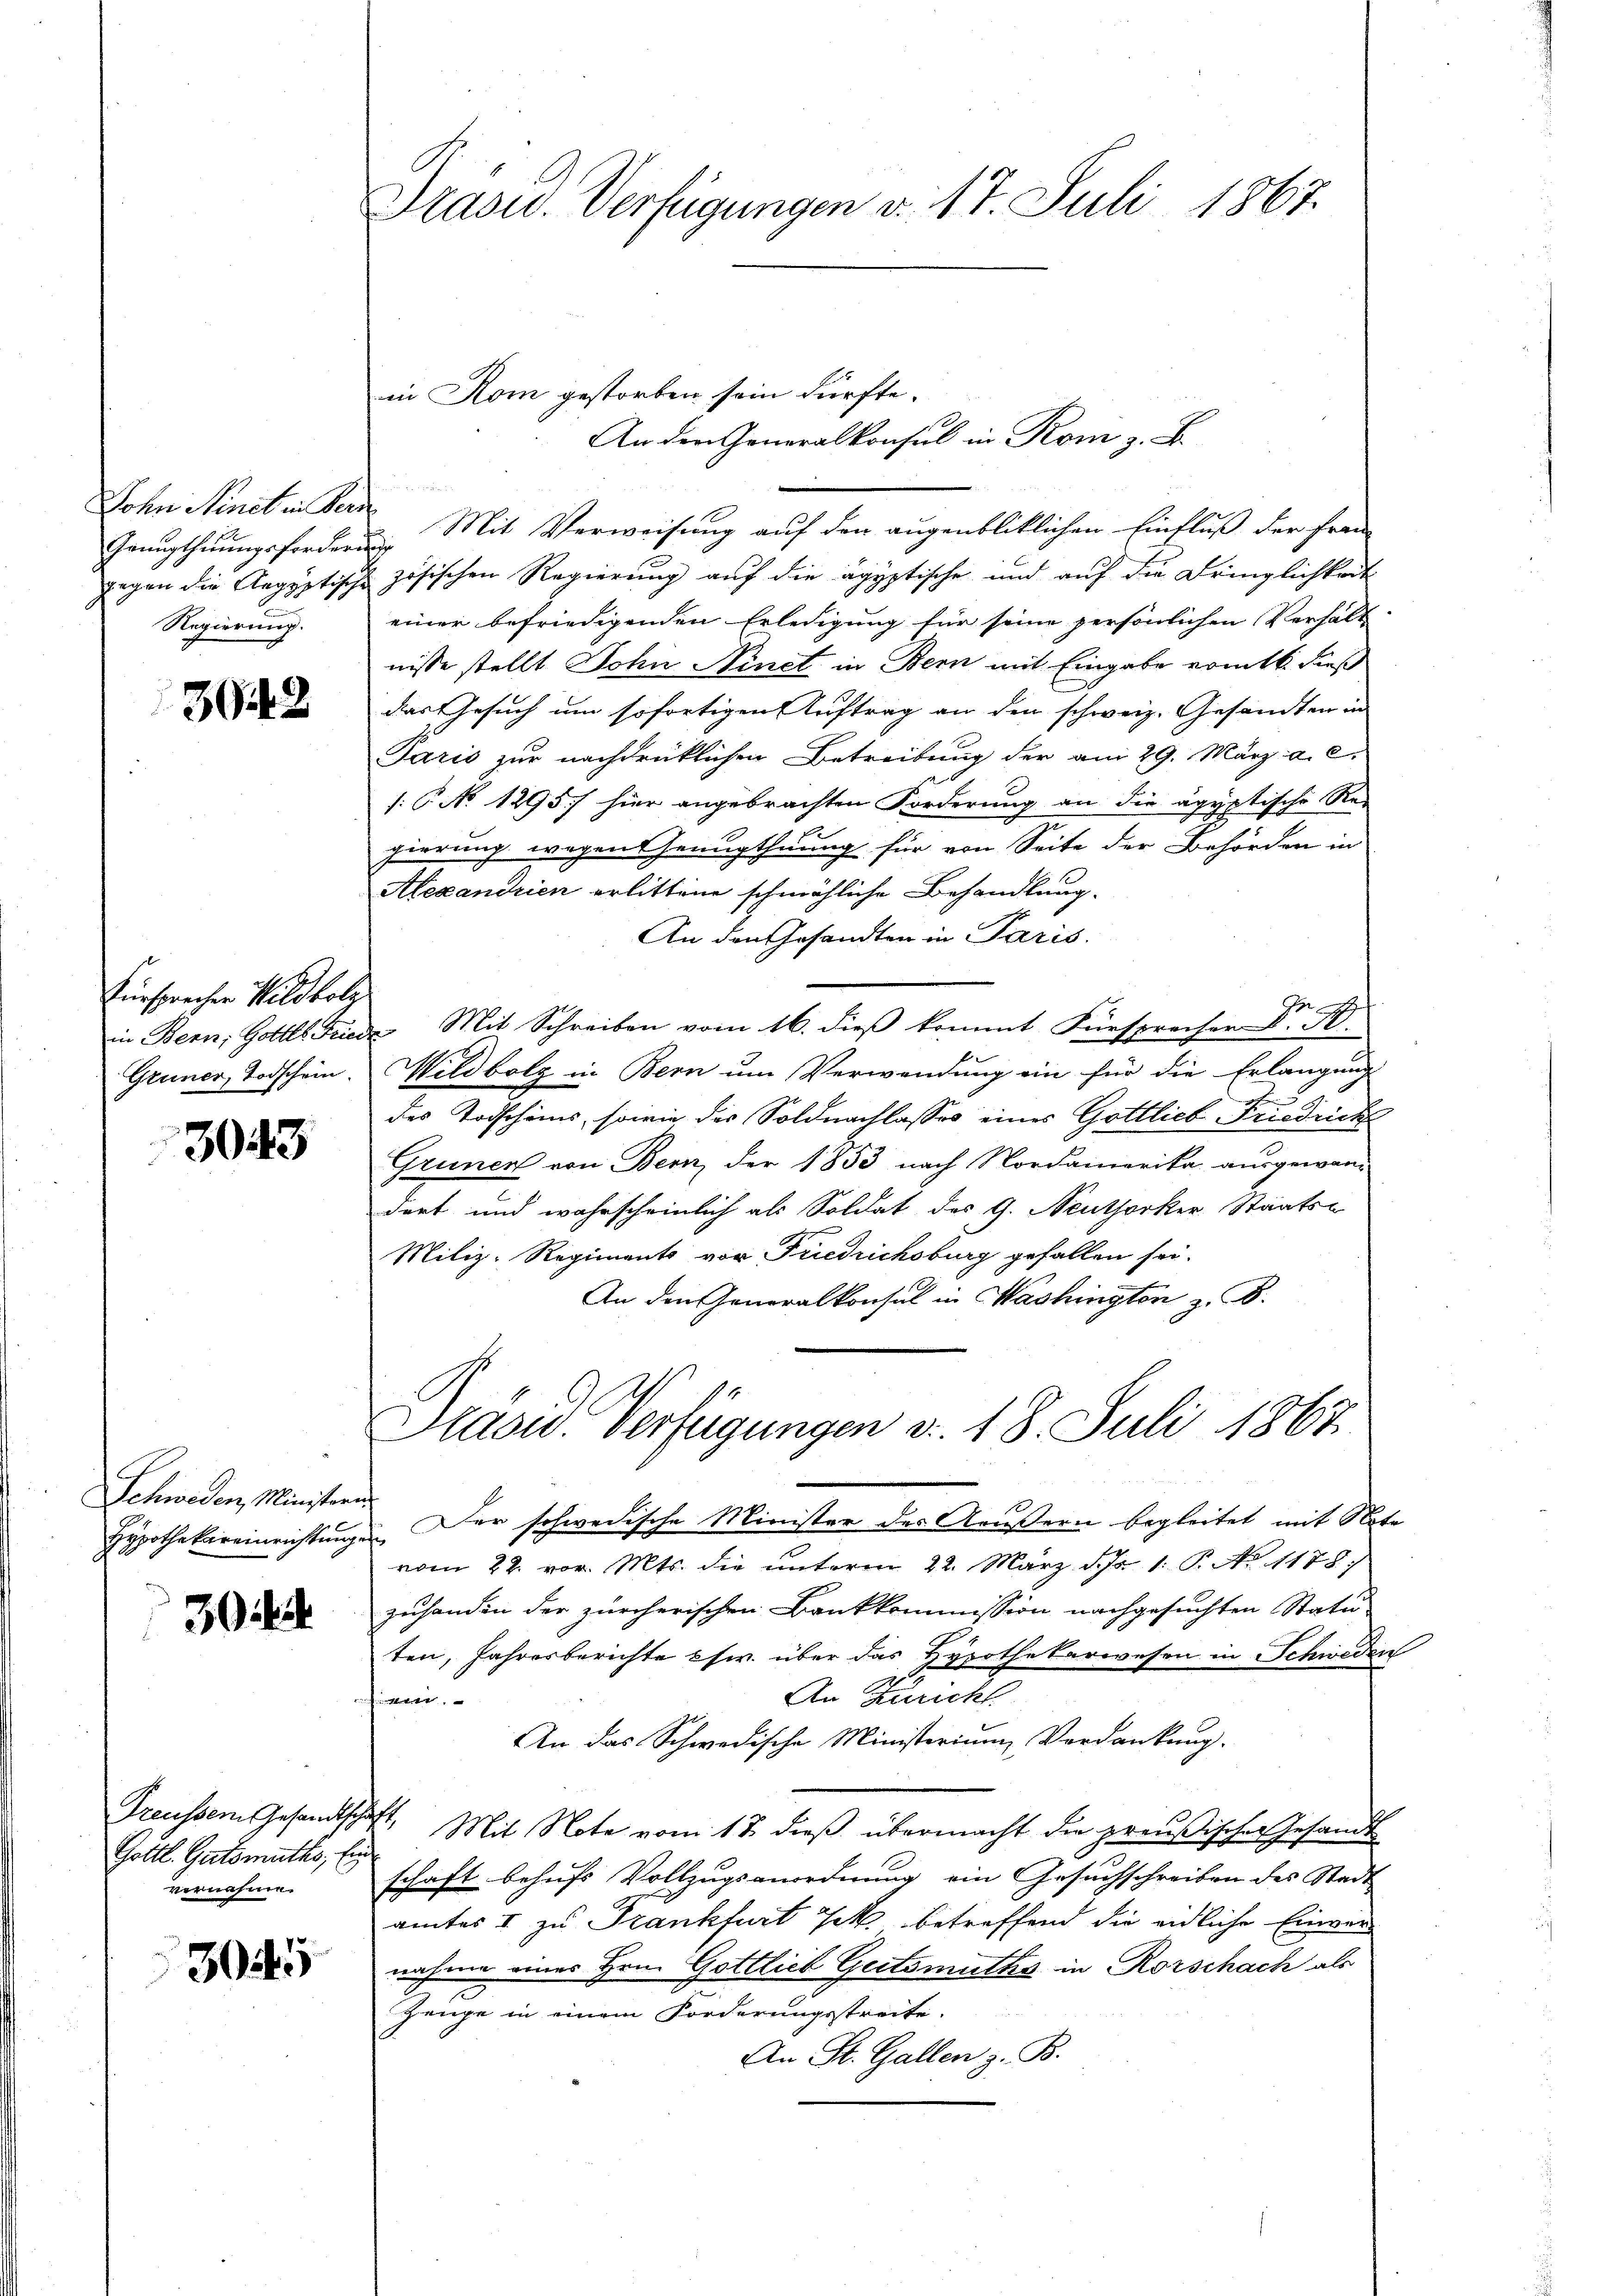
Lohn Minet in Kern
Genugthuungsforderun
gegen die Aegyptische
Regierung.

3942

Fürsprechen Wildbolz
Gruner, Todschein.

3045

Schweden Ministern
Hypothekareinrichtung.

30

Preussern Gesandtscha
Gottl. Gutsmuths, Ein
vernahme.

30

Präsid. Verfügungen v. 17. Juli 1867.

in Rom gestorben sein dürfte.
 Mit Verweisung auf den augenbliklichen Einfluß der Frau
zösischen Regierung auf die ägyptische und auf die Dringlichkeit
einer befriedigenden Erledigung für seine persönlichen Verhält
nisse stellt John Ninet in Bern mit Eingabe romtl. dieß
das Gesuch um sofortigen Auftrag an den schweiz. Gesandten in
Paris zur nachdrücklichen Betreibung der am 29. März a. c.
/: No 1295) hier angebrachten Forderung an die ägyptische Re-
gierung wegentenugthuung für von Seite der Behörden in
Alexandrien erlittene schmähliche Behandlung.
An den Gesandten in Paris.
in Bern, Gottes Friede Mit Schreiben vom 16. dieβ kommt Fürsprecher Dr. H.
Wildbolz in Bern um Verwendung ein für die Erlangung
des Todschäms, sowie des Soldnachlasses eines Gottlich Friedrich
Gruner von Bern, der 1853 nach Nordamerika ausgewan-
dert und wahrscheinlich als Soldat des G. Neuthorker Staats-
Miliz-Regiments vor Friedrichsburg gefallen sei.
An den Generalkonsul in Washington z. B.
Präsid. Verfügungen v. 18. Juli 1867.
Der schwedische Minister des Aeußern begleitet mit Note
f
vom 22. vor. Mts. die unterm 22. März d. Js. 1. P. No 1178.
zuhanden der zürcherischen Bankkommission nachgesuchten Statu-
ten, Jahresberichte es. über das Hypothekarwesen in Schweden
.
An Zuricht
t
An das Schwedische Ministerium Verdankung.
ft. Mit Note vom 17. dieß übermacht die preußischer Gesandt
schaft behufs Vollzugsanordnung ein Gesuchschreiben des Stadt
amtes I zu Frankfurt Jak. betreffend die eidliche Einvernahme eines Hrn. Gottlieb Geitsmuths in Rorschach als
Zeuge in einem Forderungsstreite.
An St. Gallen z. B.

An den Generalkonsul in Rom z. B.